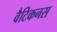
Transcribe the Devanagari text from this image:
वैटिकनस